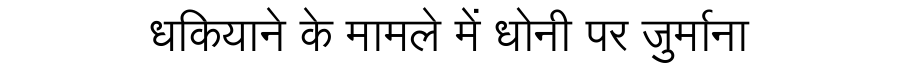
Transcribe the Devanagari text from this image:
धकियाने के मामले में धोनी पर जुर्माना